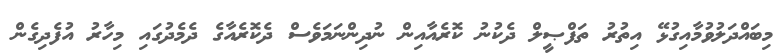
މިބައްދަލުވުމާއިގުޅޭ އިތުރު ތަފްޞީލް ދެކުނު ކޮރެއާއިން ނުދިންނަމަވެސް ދެކޮރެއާގެ ދެމެދުގައި މިހާރު އުފެދިގެން